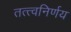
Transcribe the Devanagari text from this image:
तत्त्वनिर्णय